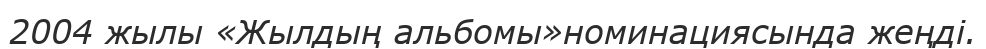
2004 жылы «Жылдың альбомы»номинациясында жеңді.